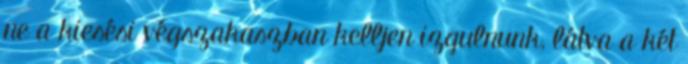
ne a kiesési végszakaszban kelljen izgulnunk, látva a két